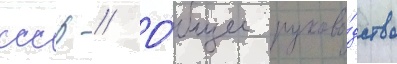
ссср // О́бщее руково́дство